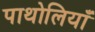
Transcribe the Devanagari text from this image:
पाथोलियाँ